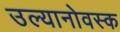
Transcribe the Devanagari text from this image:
उल्यानोवस्क